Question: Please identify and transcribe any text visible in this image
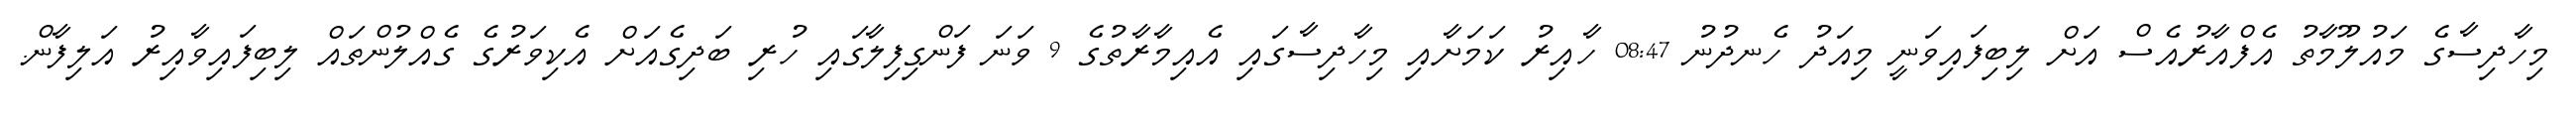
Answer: މިހާދިސާގެ މައުލޫމާތު އެފްއާރުއެސް އަށް ލިބިފައިވަނީ މިއަދު ހެނދުނު 08:47 ހާއިރު ކަމަށާއި މިހާދިސާގައި އެއިމާރާތުގެ 9 ވަނަ ފަންގިފިލާގައި ހުރި ބަދިގެއަށް އެކިވަރުގެ ގެއްލުންތައް ލިބިފައިވާއިރު އަލިފާން.